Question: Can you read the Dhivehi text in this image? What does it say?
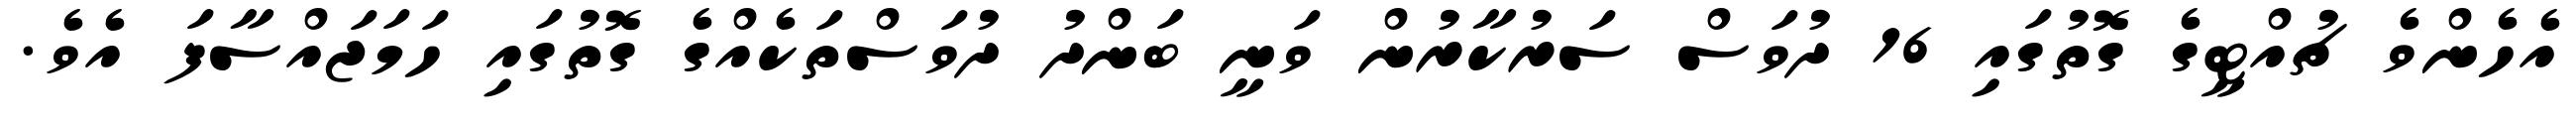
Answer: އެހެންވެ ޗުއްޓީގެ ގޮތުގައި 16 ދުވަސް ސަރުކާރުން ވަނީ ބަންދު ދުވަސްތަކެއްގެ ގޮތުގައި ހަމަޖައްސާފަ އެވެ.